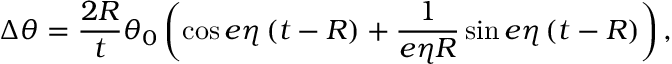
\Delta \theta = \frac { 2 R } { t } \theta _ { 0 } \left( \cos e \eta \left( t - R \right) + \frac { 1 } { e \eta R } \sin e \eta \left( t - R \right) \right) ,